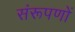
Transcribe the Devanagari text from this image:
संरूपणों